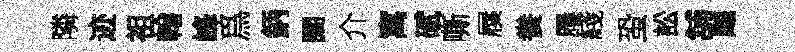
隣迹祖翰峰爲鈵闊介寓碔嘶屧飬屨綫蛩訟舖飇